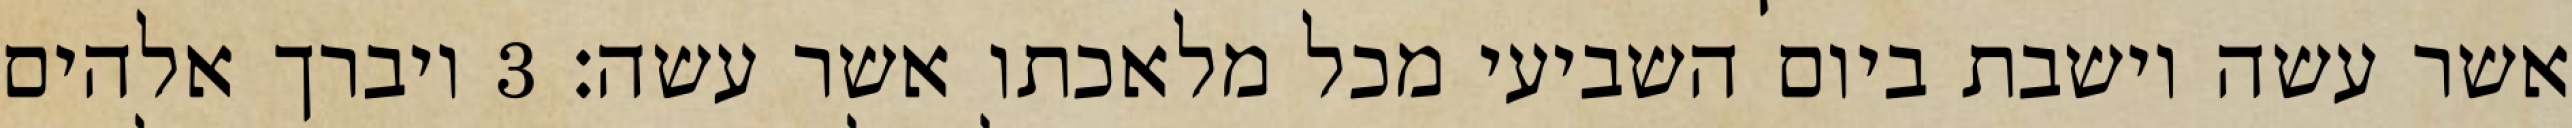
אשר עשה וישבת ביום השביעי מכל מלאכתו אשר עשה׃ ‎3‏ ויברך אלהים